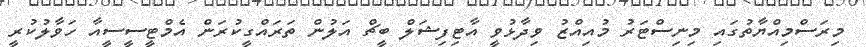
މިރަސްމިއްޔާތުގައި މިނިސްޓަރު މުއިއްޒު ވިދާޅުވީ އާޓިފިޝަލް ބީޗް އަލުން ތަރައްގީކުރަން އެމްޓީސީސީއާ ހަވާލުކުރީ